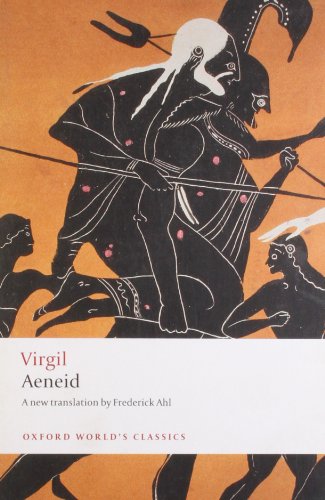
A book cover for Aeneid (Oxford World's Classics); Virgil; Literature & Fiction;